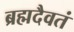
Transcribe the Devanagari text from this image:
ब्रह्मदैवतं